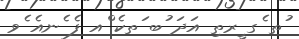
ުތ ެގ ީރތި އަދަ ުބ ަތކެ ްއ ފެ ެނއެ ެވ